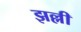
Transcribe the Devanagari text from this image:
झल्ली